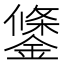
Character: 鎥